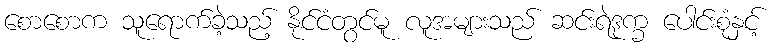
စောစောက သူရောက်ခဲ့သည့် နိုင်ငံတွင်မူ လူအများသည် ဆင်းရဲဒုက္ခ ပေါင်းစုံနှင့်